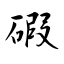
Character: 碬